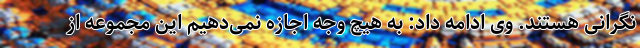
نگرانی هستند. وی ادامه داد: به هیچ وجه اجازه نمی‌دهیم این مجموعه از